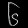
Digit: ၆